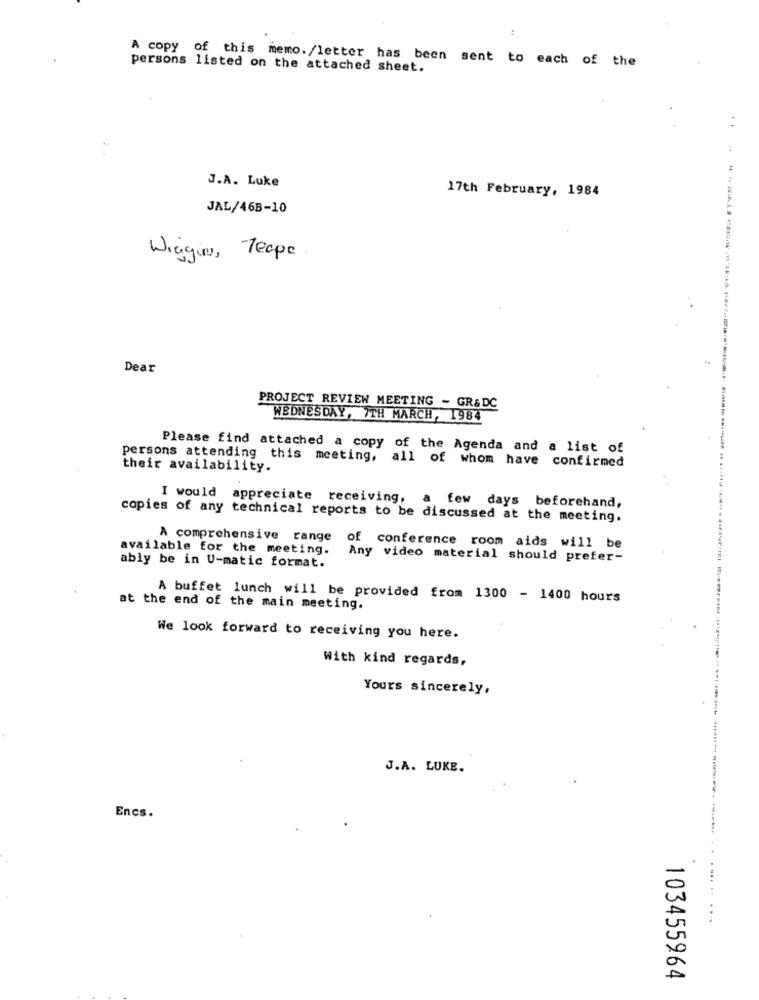
A copy of this memo./letter has been sent to each of the
persons listed on the attached sheet.
. .
J.A. Luke
17th February, 1984
JAL/46B-10
Wiggins, Teape
Dear
PROJECT REVIEW MEETING - GR&DC
WEDNESDAY, 7TH MARCH, 1984
Please find attached a copy of the Agenda and a list of
persons attending this meeting, all of whom have confirmed
their availability.
I would appreciate receiving,
a few days beforehand,
copies of any technical reports to be discussed at the meeting.
A comprehensive range
available for the meeting.
of conference room aids will be
Any video material should prefer-
ably be in U-matic format.
A buffet lunch will be provided from 1300 - 1400 hours
at the end of the main meeting.
We look forward to receiving you here.
With kind regards,
Yours sincerely,
J.A. LUKE.
Encs.
-
....
....
A
103455964